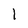
Character: 1